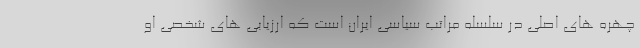
چهره های اصلی در سلسله مراتب سیاسی ایران است که ارزیابی های شخصی او